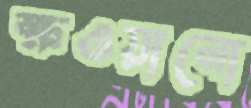
ক্ষওয়ানো